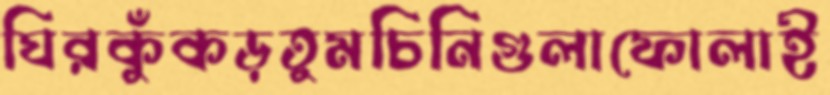
ঘিরকুঁকড়তুমচিনিগুলাফোলাই